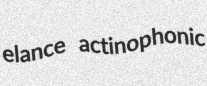
elance actinophonic